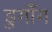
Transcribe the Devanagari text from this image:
डुगाँग